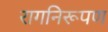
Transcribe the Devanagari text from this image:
रागनिरूपण